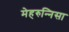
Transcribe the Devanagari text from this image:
मेहरुन्‍निसा